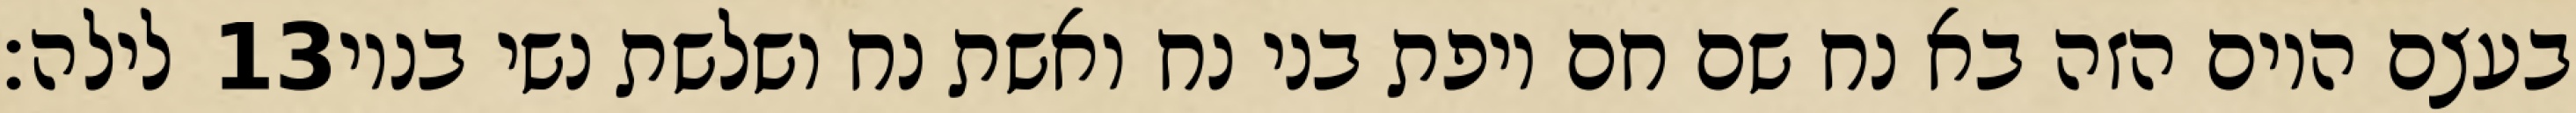
לילה׃ ‎13‏ בעצם היום הזה בא נח שם חם ויפת בני נח ואשת נח ושלשת נשי בניו